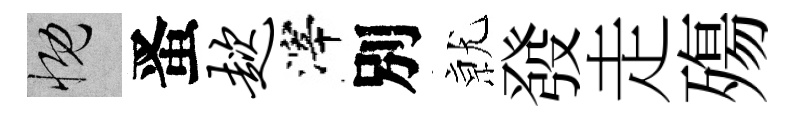
慨󱉠趑滓別𭕒發走殤